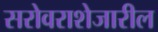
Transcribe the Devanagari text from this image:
सरोवराशेजारील